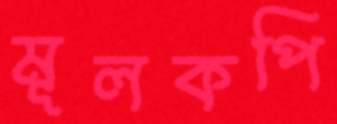
মূলকপি